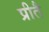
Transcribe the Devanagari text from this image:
प्रीतै